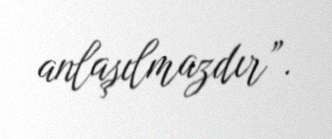
anlaşılmazdır”.